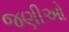
જણીઓ